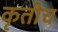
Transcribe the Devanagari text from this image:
कृतीच